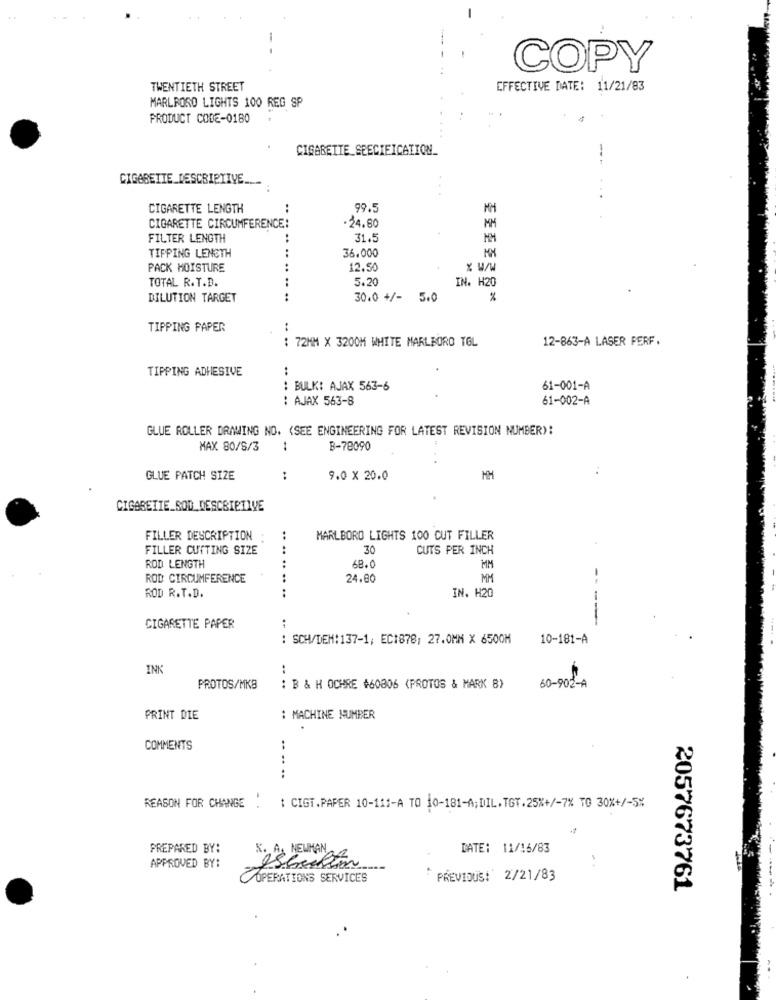
COPY
TWENTIETH STREET
EFFECTIVE DATE: 11/21/83
MARLBORO LIGHTS 100 REG SP
PRODUCT CODE-0180
CIGARETTE SEECIFICATION_
CIGARETTE_DESCRIPTIVE ......
CIGARETTE LENGTH
24.80
CIGARETTE CIRCUMFERENCE:
FILTER LENGTH
31.5
TIPPING LENGTH
36.000
.. ..
PACK MOISTURE
12.50
TOTAL R.T.D.
..
5.20
IN. H20
DILUTION TARGET
..
30.0 +/- 5.0
%
TIPPING PAPER
..
: 72MM X 3200M WHITE MARLBORO TGL
12-863-A LASER PERF.
TIPPING ADHESIVE
: BULK: AJAX 563-6
61-001-A
: AJAX 563-8
61-002-A
GLUE ROLLER DRAWING NO. (SEE ENGINEERING FOR LATEST REVISION NUMBER):
MAX 80/5/3
B-78090
GLUE PATCH SIZE
:
9.0 X 20.0
CIGARETTE_SOD DESCRIPTIVE
FILLER DESCRIPTION
:
MARLBORO LIGHTS 100 CUT FILLER
FILLER CUTTING SIZE
30
CUTS PER INCH
ROD LENGTH
68.0
... .. .
MM
ROD CIRCUMFERENCE
24.80
MM
..
ROD R.T.D.
IN. H20
CIGARETTE PAPER
:
: SCH/DEM:137-1; EC1878; 27.0MM × 6500M
10-181-A
INK
:
PROTOS/MKB
: B & H OCHRE #60806 (PROTOS & MARK 8)
60-902-A
PRINT DIE
: MACHINE NUMBER
COMMENTS
...
REASON FOR CHANGE .
: CIGT.PAPER 10-111-A TO 10-181-A;DIL.TGT.25%+/-7% TO 30%+/-5%
PREPARED BY:
S. A.
DATE: 11/16/83
APPROVED BY:
OPERATIONS SERVICES
PREVIOUS: 2/21/83
2057673761